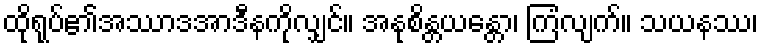
ထိုရုပ်၏အဿာဒအာဒီနကိုလျှင်။ အနုစိန္တယန္တော၊ ကြံလျက်။ သယနဿ၊